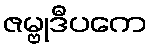
ဇမ္ဗုဒီပကေ